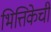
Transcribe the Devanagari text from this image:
भित्तिकेची